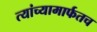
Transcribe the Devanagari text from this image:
त्यांच्यामार्फतच